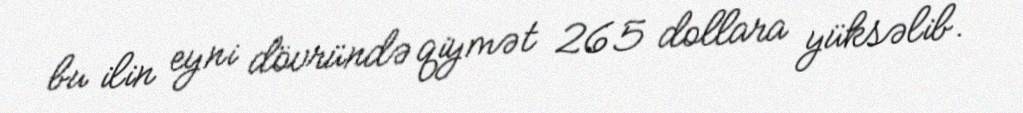
bu ilin eyni dövründə qiymət 265 dollara yüksəlib.